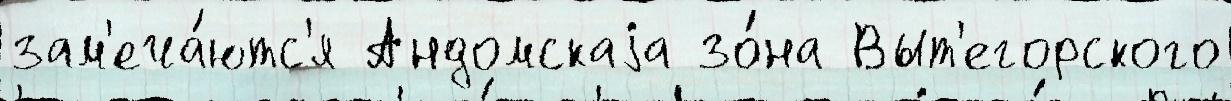
зам'еча́ютс'я Андомскаjа зо́на Выт'егорского